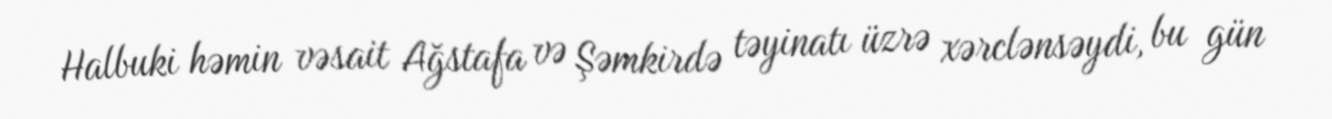
Halbuki həmin vəsait Ağstafa və Şəmkirdə təyinatı üzrə xərclənsəydi, bu gün